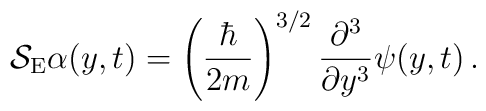
{\cal S}_\mathrm{E} \alpha(y,t) =  \left(\frac{\hbar}{2m}\right)^{3/2} \frac{\partial^3}{\partial y^3} \psi(y,t) \, .